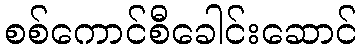
စစ်ကောင်စီခေါင်းဆောင်